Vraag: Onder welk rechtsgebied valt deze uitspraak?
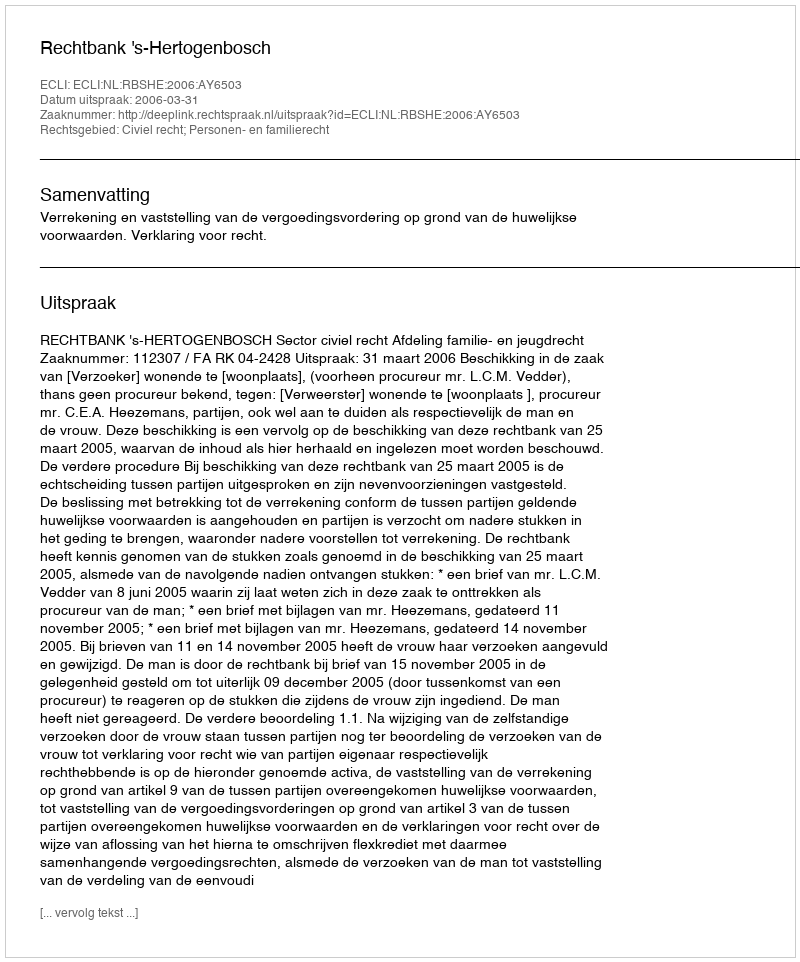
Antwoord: Civiel recht; Personen- en familierecht